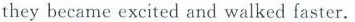
they became excited and walked faster.